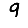
Digit: 9